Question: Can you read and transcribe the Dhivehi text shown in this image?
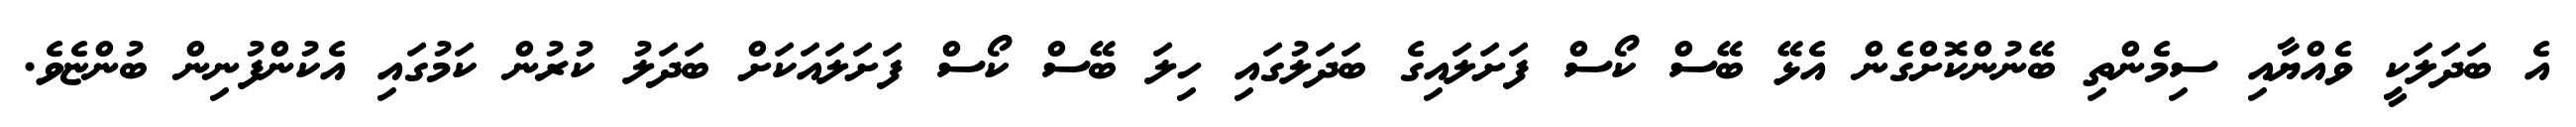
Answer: އެ ބަދަލަކީ ވެއްޔާއި ސިމެންތި ބޭނުންކޮށްގެން އެޅޭ ބޭސް ކޯސް ފަށަލައިގެ ބަދަލުގައި ހިލަ ބޭސް ކޯސް ފަށަލައަކަށް ބަދަލު ކުރުން ކަމުގައި އެކުންފުނިން ބުންޏެވެ.